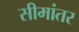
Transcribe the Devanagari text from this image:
सीमांतर